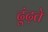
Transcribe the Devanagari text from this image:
ढ़ूंढ़ते